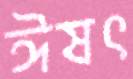
ঈষৎ